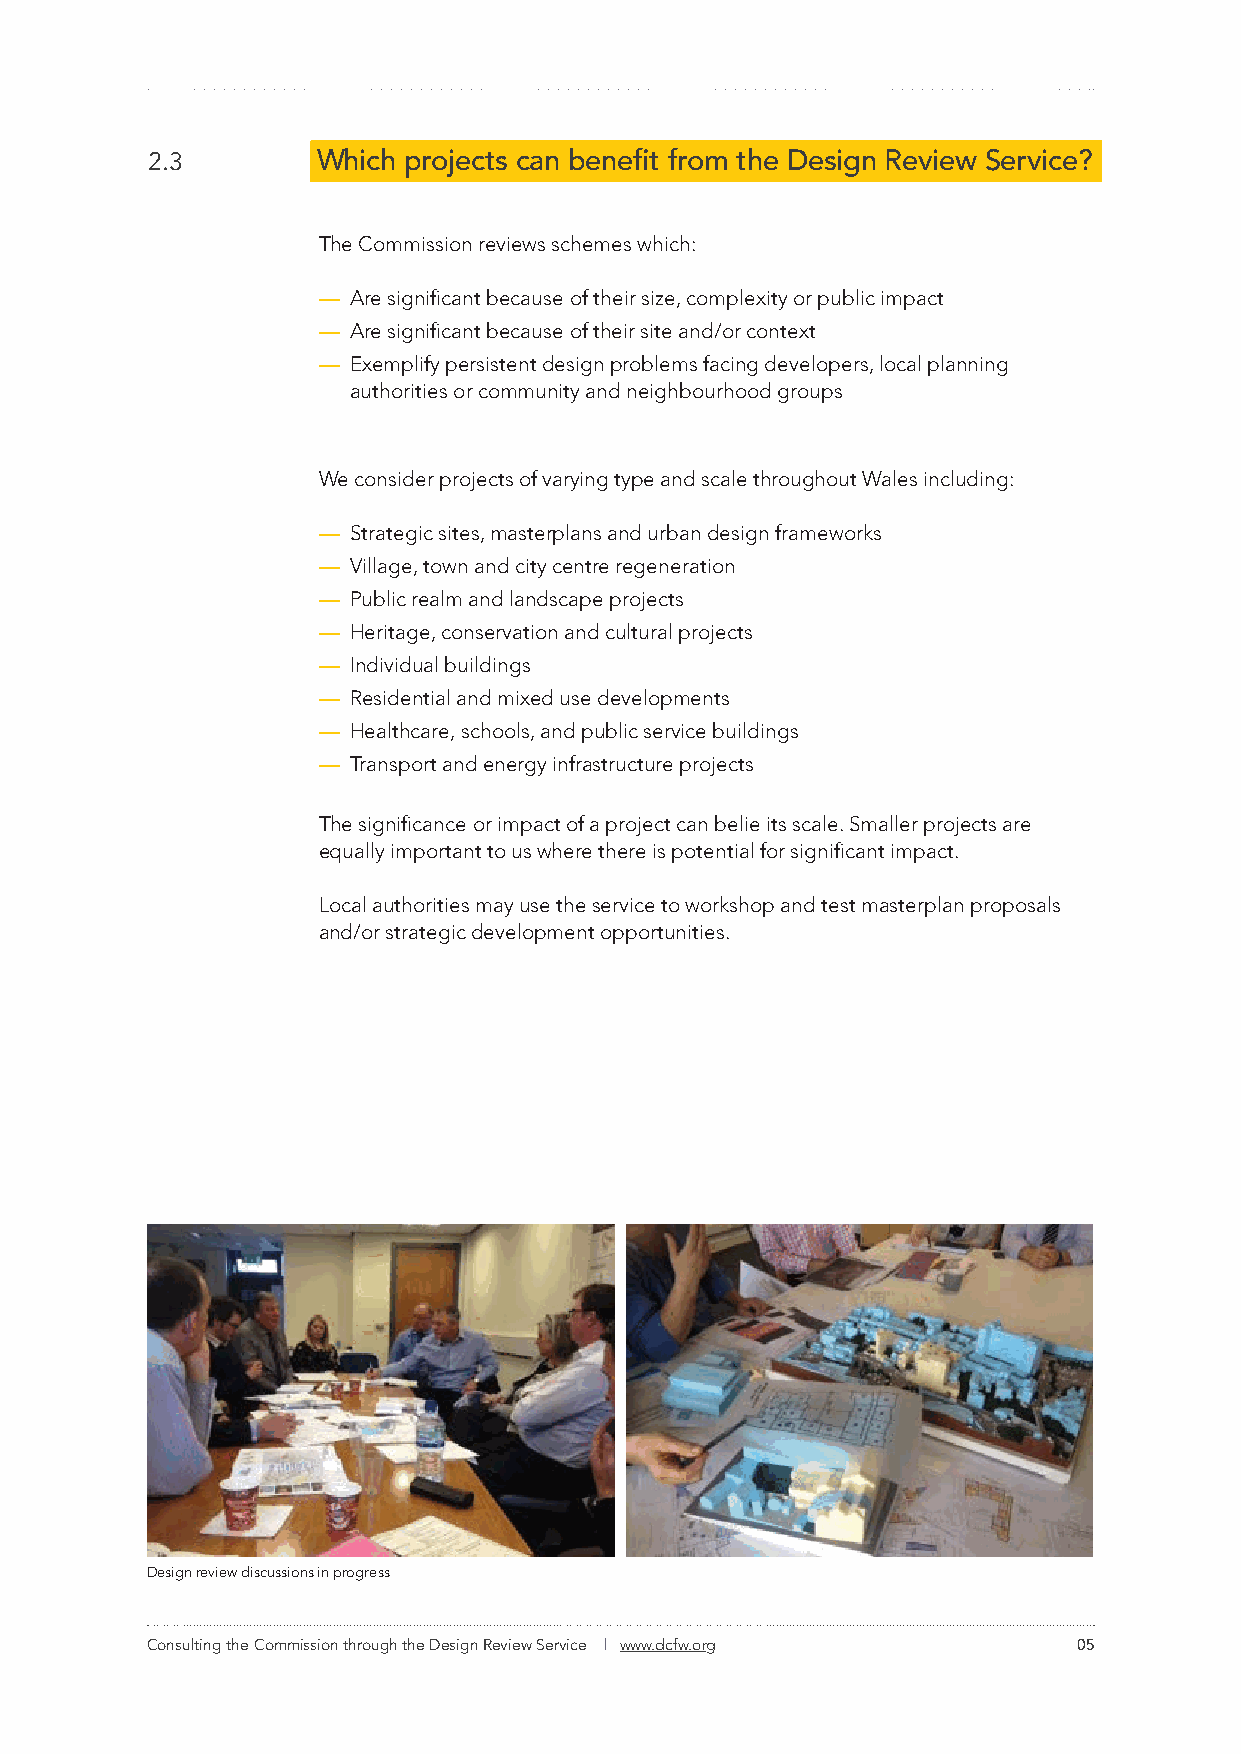
2.3        Which projects can benefit from the Design Review Service?
 The Commission reviews schemes which:
 — Are significant because of their size, complexity or public impact
 — Are significant because of their site and/or context
 — Exemplify persistent design problems facing developers, local planning
 authorities or community and neighbourhood groups
 We consider projects of varying type and scale throughout Wales including:
 — Strategic sites, masterplans and urban design frameworks
 — Village, town and city centre regeneration
 — Public realm and landscape projects
 — Heritage, conservation and cultural projects
 — Individual buildings
 — Residential and mixed use developments
 — Healthcare, schools, and public service buildings
 — Transport and energy infrastructure projects
 The significance or impact of a project can belie its scale. Smaller projects are
 equally important to us where there is potential for significant impact.
 Local authorities may use the service to workshop and test masterplan proposals
 and/or strategic development opportunities.
 Design review discussions in progress
 Consulting the Commission through the Design Review Service | www.dcfw.org 05